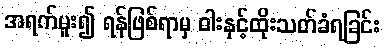
အရက်မူး၍ ရန်ဖြစ်ရာမှ ဓါးနှင့်ထိုးသတ်ခံရခြင်း